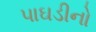
પાઘડીનો